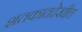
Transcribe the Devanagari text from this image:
शतकातदेखील